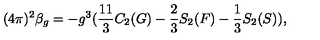
( 4 \pi ) ^ { 2 } \beta _ { g } = - g ^ { 3 } ( \frac { 1 1 } { 3 } C _ { 2 } ( G ) - \frac { 2 } { 3 } S _ { 2 } ( F ) - \frac { 1 } { 3 } S _ { 2 } ( S ) ) ,